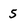
Character: 5